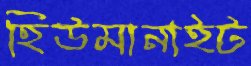
হিউমানাইট